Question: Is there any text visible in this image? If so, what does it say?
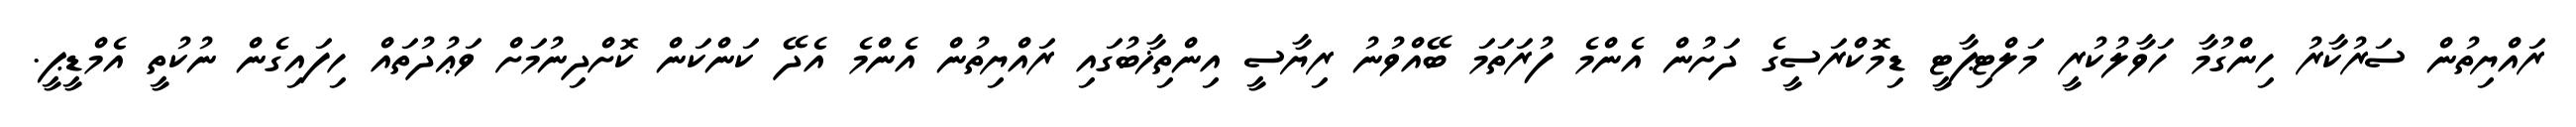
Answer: ރައްޔިތުން ސަރުކާރު ހިންގުމާ ހަވާލުކުރީ މަލްޓިޕާޓީ ޑިމޮކްރަސީގެ ދަށުން އެންމެ ފުރަތަމަ ބޭއްވުނު ރިޔާސީ އިންތިޚާބުގައި ރައްޔިތުން އެންމެ އެދޭ ކަންކަން ކޮށްދިނުމަށް ވަޢުދުތައް ހިފައިގެން ނުކުތީ އެމްޑީޕީ.